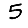
Digit: 5